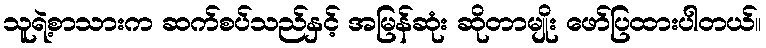
သူရဲ့စာသားက ဆက်စပ်သည်နှင့် အမြန်ဆုံး ဆိုတာမျိုး ဖော်ပြထားပါတယ်။